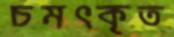
চমৎকৃত